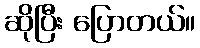
ဆိုပြီး ပြောတယ်။